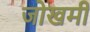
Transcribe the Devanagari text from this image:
जोखमी